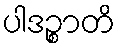
ပါဒဉ္စာတိ